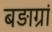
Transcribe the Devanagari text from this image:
बड़ाग्रां